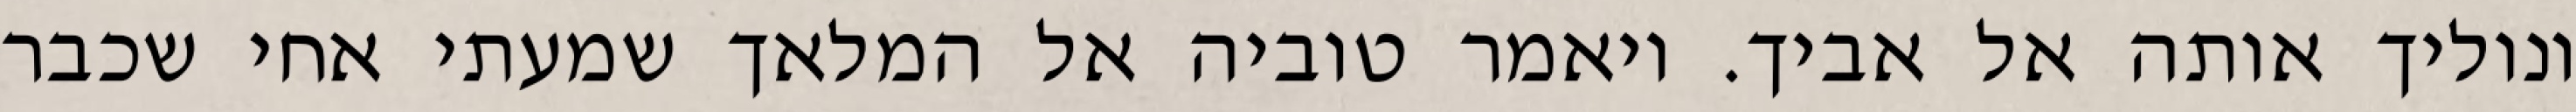
ונוליך אותה אל אביך. ויאמר טוביה אל המלאך שמעתי אחי שכבר